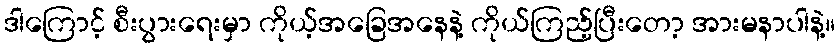
ဒါကြောင့် စီးပွားရေးမှာ ကိုယ့်အခြေအနေနဲ့ ကိုယ်ကြည့်ပြီးတော့ အားမနာပါနဲ့။